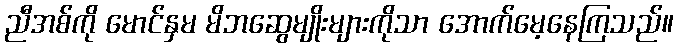
ညီအစ်ကို မောင်နှမ မိဘဆွေမျိုးများကိုသာ အောက်မေ့နေကြသည်။